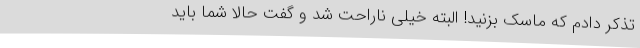
تذکر دادم که ماسک بزنید! البته خیلی ناراحت شد و گفت حالا شما باید